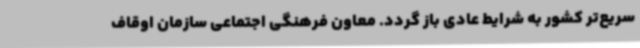
سریع‌تر کشور به شرایط عادی باز گردد. معاون فرهنگی اجتماعی سازمان اوقاف